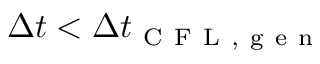
\Delta t < \Delta t _ { \mathrm { ~ C ~ F ~ L ~ , ~ g ~ e ~ n ~ } }